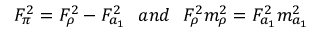
F _ { \pi } ^ { 2 } = F _ { \rho } ^ { 2 } - F _ { a _ { 1 } } ^ { 2 } \ \ a n d \ \ F _ { \rho } ^ { 2 } m _ { \rho } ^ { 2 } = F _ { a _ { 1 } } ^ { 2 } m _ { a _ { 1 } } ^ { 2 }